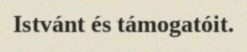
Istvánt és támogatóit.